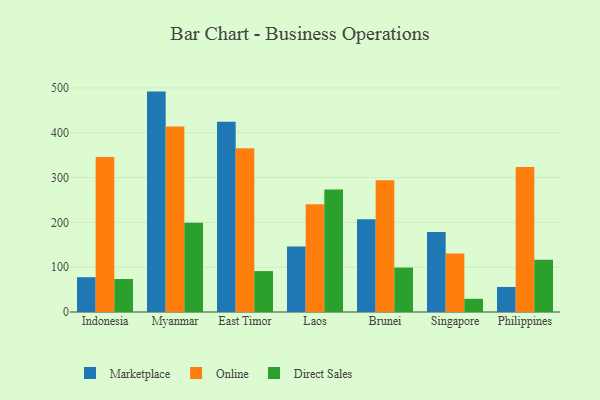
{"axis": {"x": "Country", "y": "Budget (USD K)"}, "legend": ["Direct Sales", "Marketplace", "Online"], "data": [{"x": "Indonesia", "y": 77.6, "type": "Marketplace"}, {"x": "Indonesia", "y": 345.9, "type": "Online"}, {"x": "Indonesia", "y": 73.6, "type": "Direct Sales"}, {"x": "Myanmar", "y": 491.8, "type": "Marketplace"}, {"x": "Myanmar", "y": 413.8, "type": "Online"}, {"x": "Myanmar", "y": 199.1, "type": "Direct Sales"}, {"x": "East Timor", "y": 424.6, "type": "Marketplace"}, {"x": "East Timor", "y": 365.5, "type": "Online"}, {"x": "East Timor", "y": 91.3, "type": "Direct Sales"}, {"x": "Laos", "y": 146.1, "type": "Marketplace"}, {"x": "Laos", "y": 240.4, "type": "Online"}, {"x": "Laos", "y": 273.2, "type": "Direct Sales"}, {"x": "Brunei", "y": 206.7, "type": "Marketplace"}, {"x": "Brunei", "y": 294.2, "type": "Online"}, {"x": "Brunei", "y": 99.1, "type": "Direct Sales"}, {"x": "Singapore", "y": 178.5, "type": "Marketplace"}, {"x": "Singapore", "y": 130.7, "type": "Online"}, {"x": "Singapore", "y": 29.4, "type": "Direct Sales"}, {"x": "Philippines", "y": 55.9, "type": "Marketplace"}, {"x": "Philippines", "y": 323.4, "type": "Online"}, {"x": "Philippines", "y": 116.6, "type": "Direct Sales"}]}